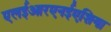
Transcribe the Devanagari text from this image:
एलईआरएनईएशिया